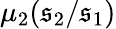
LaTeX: \mu_{2}(\mathfrak{s}_{2}/\mathfrak{s}_{1})